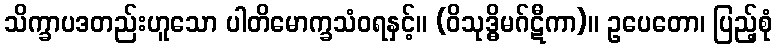
သိက္ခာပဒတည်းဟူသော ပါတိမောက္ခသံဝရနှင့်။ (ဝိသုဒ္ဓိမဂ်ဋီကာ)။ ဥပေတော၊ ပြည့်စုံ